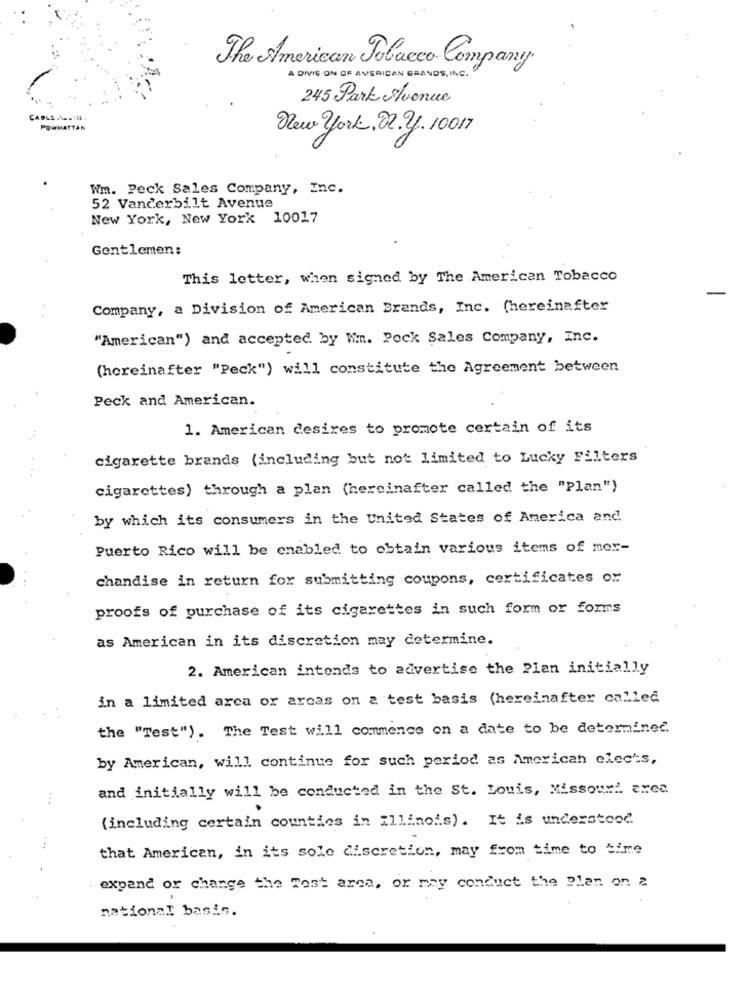
The American Tobacco Company
A DIVIS ON OF AMERICAN GRANDS, INC.
245 Park Avenue
CARLA A ... .
POWHATTAN
New york, 22.2. 10017
Wm. Peck Sales Company, Inc.
52 Vanderbilt Avenue
New York, New York 10017
Gentlemen:
This letter, when signed by The American Tobacco
Company, a Division of American Brands, Inc. (hereinafter
"American") and accepted by Wm. Pock Sales Company, Inc.
(hereinafter "Peck") will constitute the Agreement between
Peck and American.
1. American desires to promote certain of its
cigarette brands (including but not limited to Lucky Filters
cigarettes) through a plan (hereinafter called the "Plan")
by which its consumers in the United States of America and
Puerto Rico will be enabled to obtain various items of mer-
chandise in return for submitting coupons, certificates or
proofs of purchase of its cigarettes in such form or forms
as American in its discretion may determine.
2. American intends to advertise the Plan initially
in a limited arca or arcas on a test basis (hereinafter called
the "Test"). The Test will commence on a date to be determined.
by American, will continue for such period as American elec's,
and initially will be conducted in the St. Louis, Missouri area
...
(including certain counties in Illinois). It is understood
that American, in its sole discretion, may from time to time
expand or change the Test area, or may conduct the Plan on &
national basis.